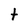
Character: t